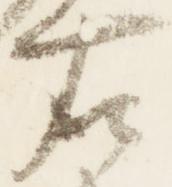
右